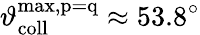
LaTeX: \vartheta_{\mathrm{coll}}^{\mathrm{max,p=q}}\approx 53.8^{\circ}